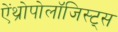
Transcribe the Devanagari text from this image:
ऐंथ्रोपोलॉजिस्ट्स